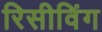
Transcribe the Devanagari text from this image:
रिसीविंग